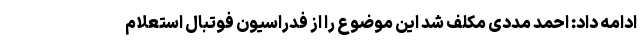
ادامه داد: احمد مددی مکلف شد این موضوع را از فدراسیون فوتبال استعلام